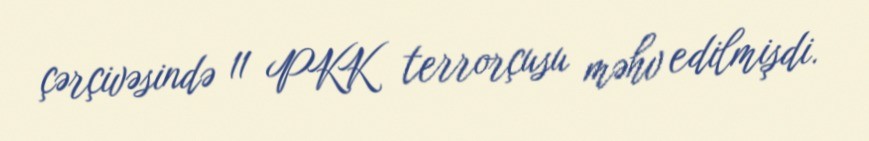
çərçivəsində 11 PKK terrorçusu məhv edilmişdi.